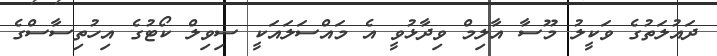
ދައުލަތުގެ ވަކީލު މޫސާ އާލިމް ވިދާޅުވީ އެ މައްސަލައަކީ ސިވިލް ކޯޓުގެ އިހުތިސާސްގެ